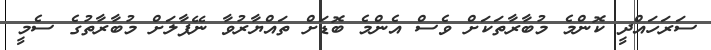
ސަރަހައްދީ ކޮންމެ މުބާރާތަކަށް ވެސް އެންމެ ބޮޑަށް ތައްޔާރުވާ ނޭޕާލަށް މުބާރާތުގެ ސެމީ